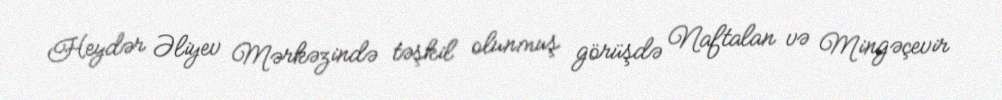
Heydər Əliyev Mərkəzində təşkil olunmuş görüşdə Naftalan və Mingəçevir